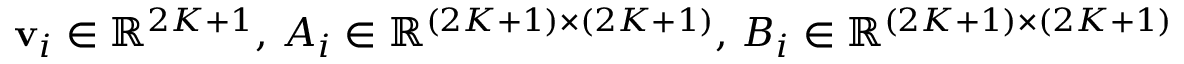
\mathbf { v } _ { i } \in \mathbb { R } ^ { 2 K + 1 } , \, A _ { i } \in \mathbb { R } ^ { ( 2 K + 1 ) \times ( 2 K + 1 ) } , \, B _ { i } \in \mathbb { R } ^ { ( 2 K + 1 ) \times ( 2 K + 1 ) }